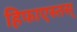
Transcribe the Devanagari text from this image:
हिफाएस्तस्‌